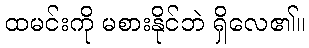
ထမင်းကို မစားနိုင်ဘဲ ရှိလေ၏။